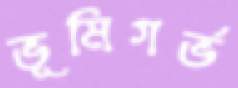
ভূমিগর্ভ